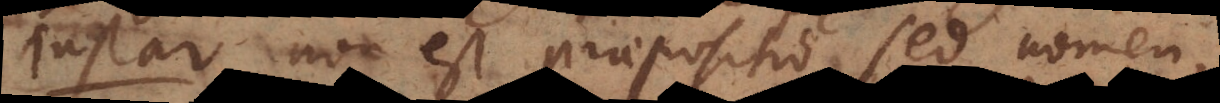
Instar non est praepositio sed nomen,